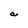
Character: a